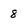
Character: 8